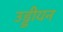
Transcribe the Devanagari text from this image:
उड्डीयन